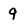
Character: 9